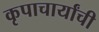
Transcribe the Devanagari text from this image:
कृपाचार्यांची